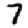
Digit: 7